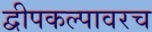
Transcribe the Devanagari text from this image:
द्वीपकल्पावरच